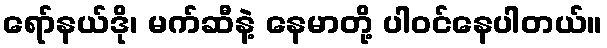
ရော်နယ်ဒို၊ မက်ဆီနဲ့ နေမာတို့ ပါဝင်နေပါတယ်။